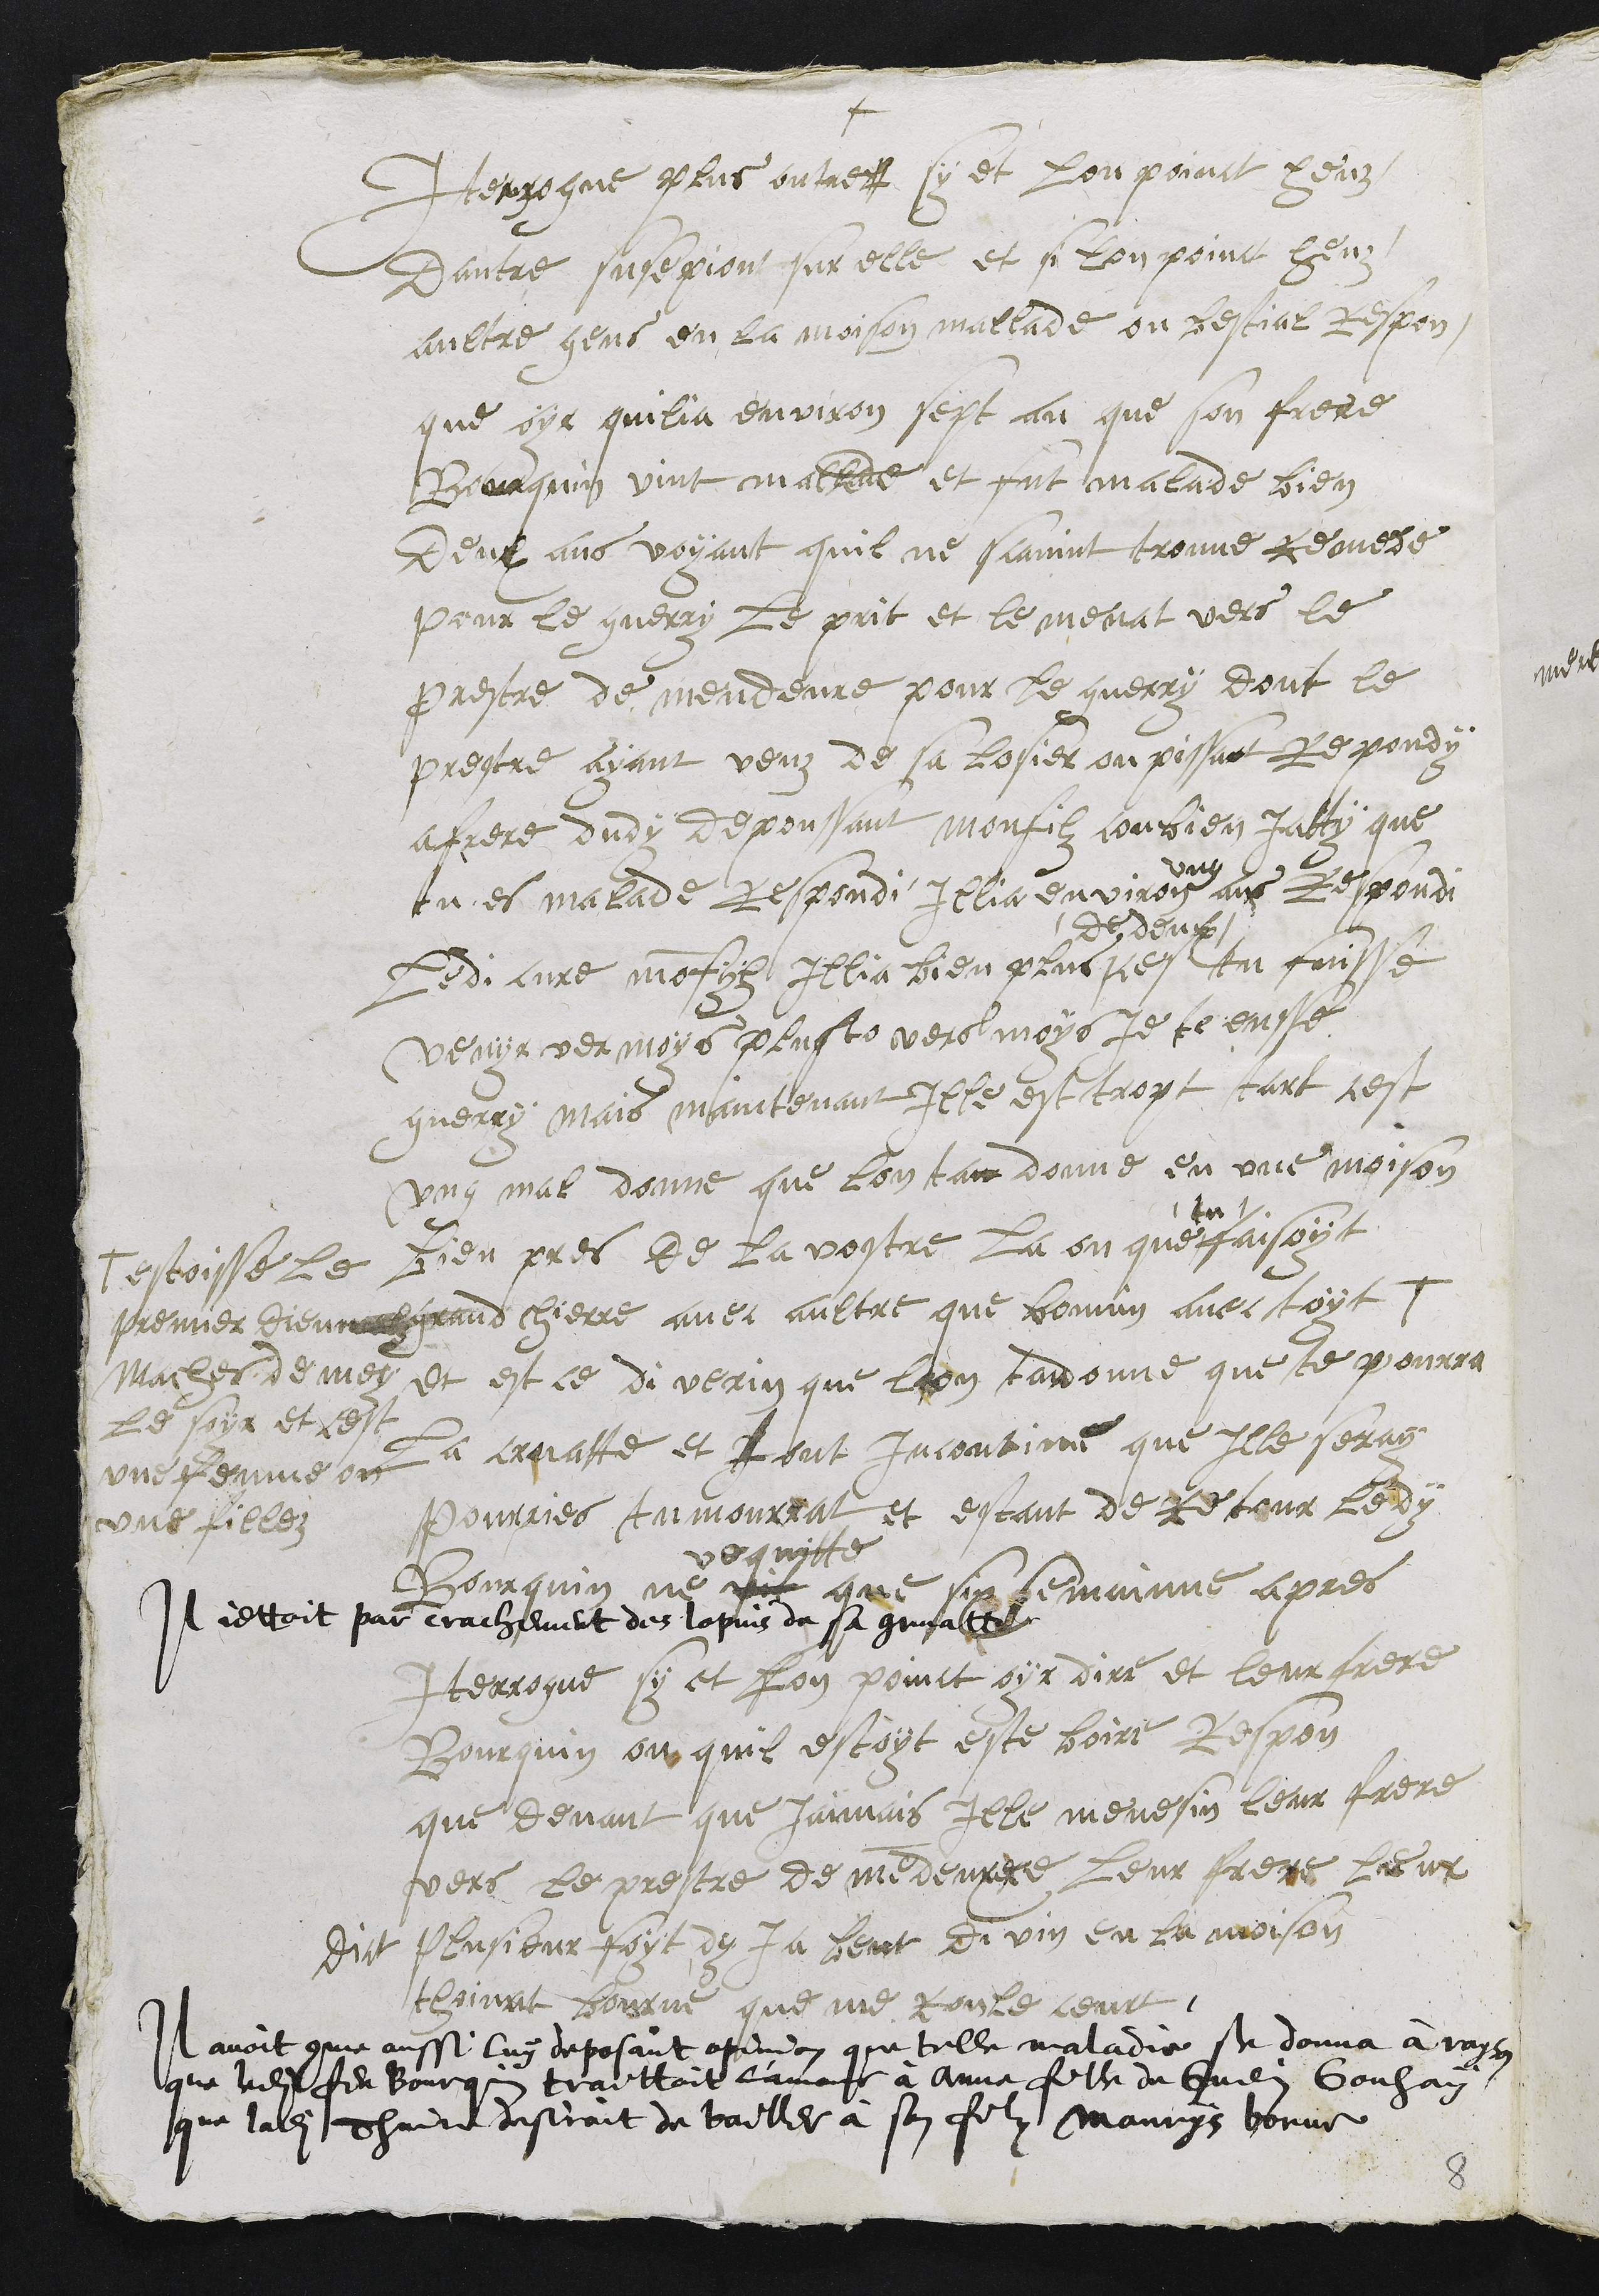
+
Interrogue plus outres sy et lon poinct heuz
dautre susepiont sur elle et si lon poinct heuz
aultre gens en la moison mallade ou bestial respon
que oyr quilia environ sept an que son frere
Bourquin vint mallade et fut malade bien
deux ans voyant quil ne scavint trouve remede
pour le guerry le prit et le menat vers le
prestre de mendeure pour le guerry dont le
prestre ayant veuz de sa losier ou pissat Respondy
a frere dudy depoussant monfilz conbien iatty que
tu es malade Respondi Illia environ
ung
ans Respondi
Ledi cure mon fyls Illia bien plus
de deux
ce tu fuisse
venyr ver moys plusto vers moys je te eusse
guerry mais maintenant ille est tropt tart cest
ung mal donne que lon tan donne en une moison
bien pres de la vostre la ou que
tu
faisoyt
grand chierre avec aultre que bonnin avec toyt +
+ estoisse le
premier diem
Maches de mey
Le soyr et cest
une femme ou
une fillez
et est ce di verin que lon tadonne que te pourra
La cruatte et tout incontinen que Ille seray
pourries tu mourrat et estant de retour ledy
Bourquin ne vit
vequitte
que sin semainne apres
Il jettoit par crachement des lopins de sa gruatte
Iterrogue sy et lon poinct oyr dire et leur frere
Bourquin ou quil estoyt este boire Respon
que devant que Jaimais Ille menesin leur frere
vers le prestre de medeuxere leur frere leur
dict plusieur foyt dy ja beut di vin en la moison
thoinat bourne que me roule court
Il avoit comme aussi luy deposant opinion que telle maladie se donna à rayson
que ledit feu Bourquin traittoit l'amour à Anne fille de Guenin Gouhay
que ladite Thinne desiroit de bailler à son filz Maurys borne
8